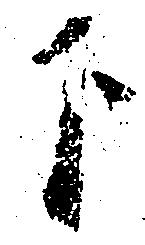
下